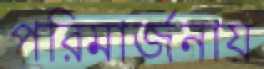
পরিমার্জনায়